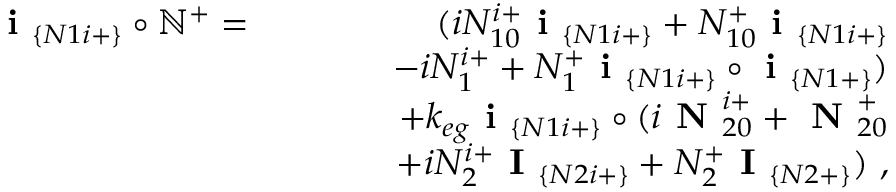
\begin{array} { r l r } { \textbf { i } _ { \{ N 1 i + \} } \circ \mathbb { N } ^ { + } = } & { } & { ( i N _ { 1 0 } ^ { i + } \textbf { i } _ { \{ N 1 i + \} } + N _ { 1 0 } ^ { + } \textbf { i } _ { \{ N 1 i + \} } } \\ & { } & { ~ ~ ~ ~ ~ ~ - i N _ { 1 } ^ { i + } + N _ { 1 } ^ { + } \textbf { i } _ { \{ N 1 i + \} } \circ \textbf { i } _ { \{ N 1 + \} } ) } \\ & { } & { + k _ { e g } \textbf { i } _ { \{ N 1 i + \} } \circ ( i \textbf { N } _ { 2 0 } ^ { i + } + \textbf { N } _ { 2 0 } ^ { + } } \\ & { } & { ~ ~ ~ ~ ~ ~ + i N _ { 2 } ^ { i + } \textbf { I } _ { \{ N 2 i + \} } + N _ { 2 } ^ { + } \textbf { I } _ { \{ N 2 + \} } ) ~ , } \end{array}